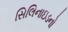
સિલિનાઇડનો